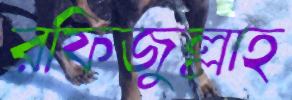
রফিজুল্লাহ